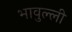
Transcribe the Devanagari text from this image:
भावुल्ली